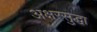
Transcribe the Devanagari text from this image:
अक्षरसुद्धा